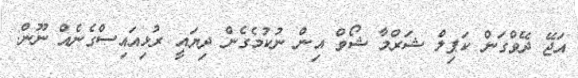
އަޖޭ ދޭވްގަން ކަޕިލް ޝަރްމާ ޝޯވް އިން ނުކުމެގެން ދިޔައީ ރުޅިއައިސްގެނެއް ނޫން: